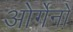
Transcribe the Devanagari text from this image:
ओर्गेनो